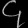
Digit: ၄